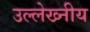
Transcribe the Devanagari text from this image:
उल्लेख्नीय